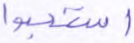
استحبوا